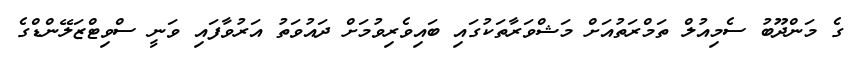
ގެ މަންދޫބު ސެމިއުލް ތަމްރަތުއަށް މަޝްވަރާތަކުގައި ބައިވެރިވުމަށް ދައުވަތު އަރުވާފައި ވަނީ ސްވިޓްޒަލޭންޑްގެ